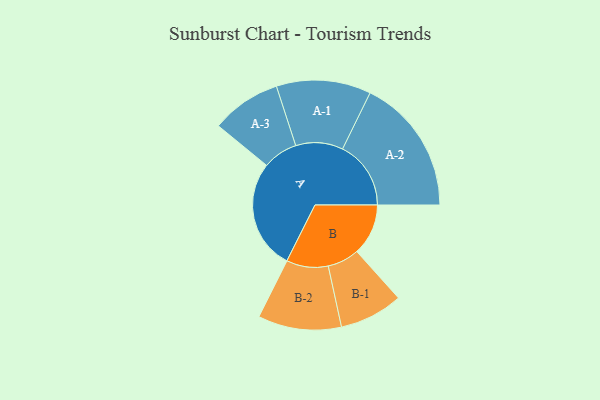
{"axis": {"x": "Segment", "y": "Value"}, "legend": ["", "A", "B"], "data": [{"x": "A", "y": 474, "type": ""}, {"x": "B", "y": 222, "type": ""}, {"x": "A-1", "y": 204, "type": "A"}, {"x": "A-2", "y": 295, "type": "A"}, {"x": "A-3", "y": 151, "type": "A"}, {"x": "B-1", "y": 137, "type": "B"}, {"x": "B-2", "y": 180, "type": "B"}]}